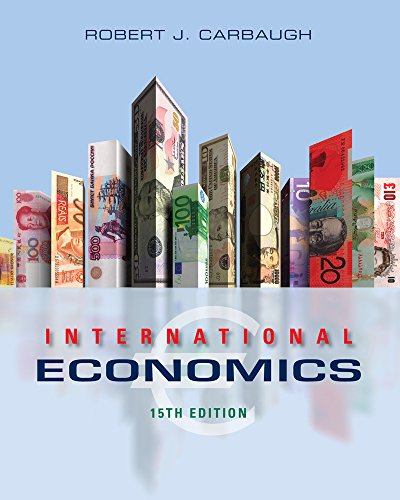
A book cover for International Economics; Robert Carbaugh; Business & Money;